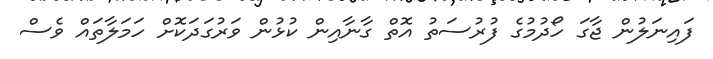
ފައިނަލުން ޖާގަ ހޯދުމުގެ ފުރުސަތު އޮތް ގާނާއިން ކުޅުން ވަރުގަދަކޮށް ހަމަލާތައް ވެސް